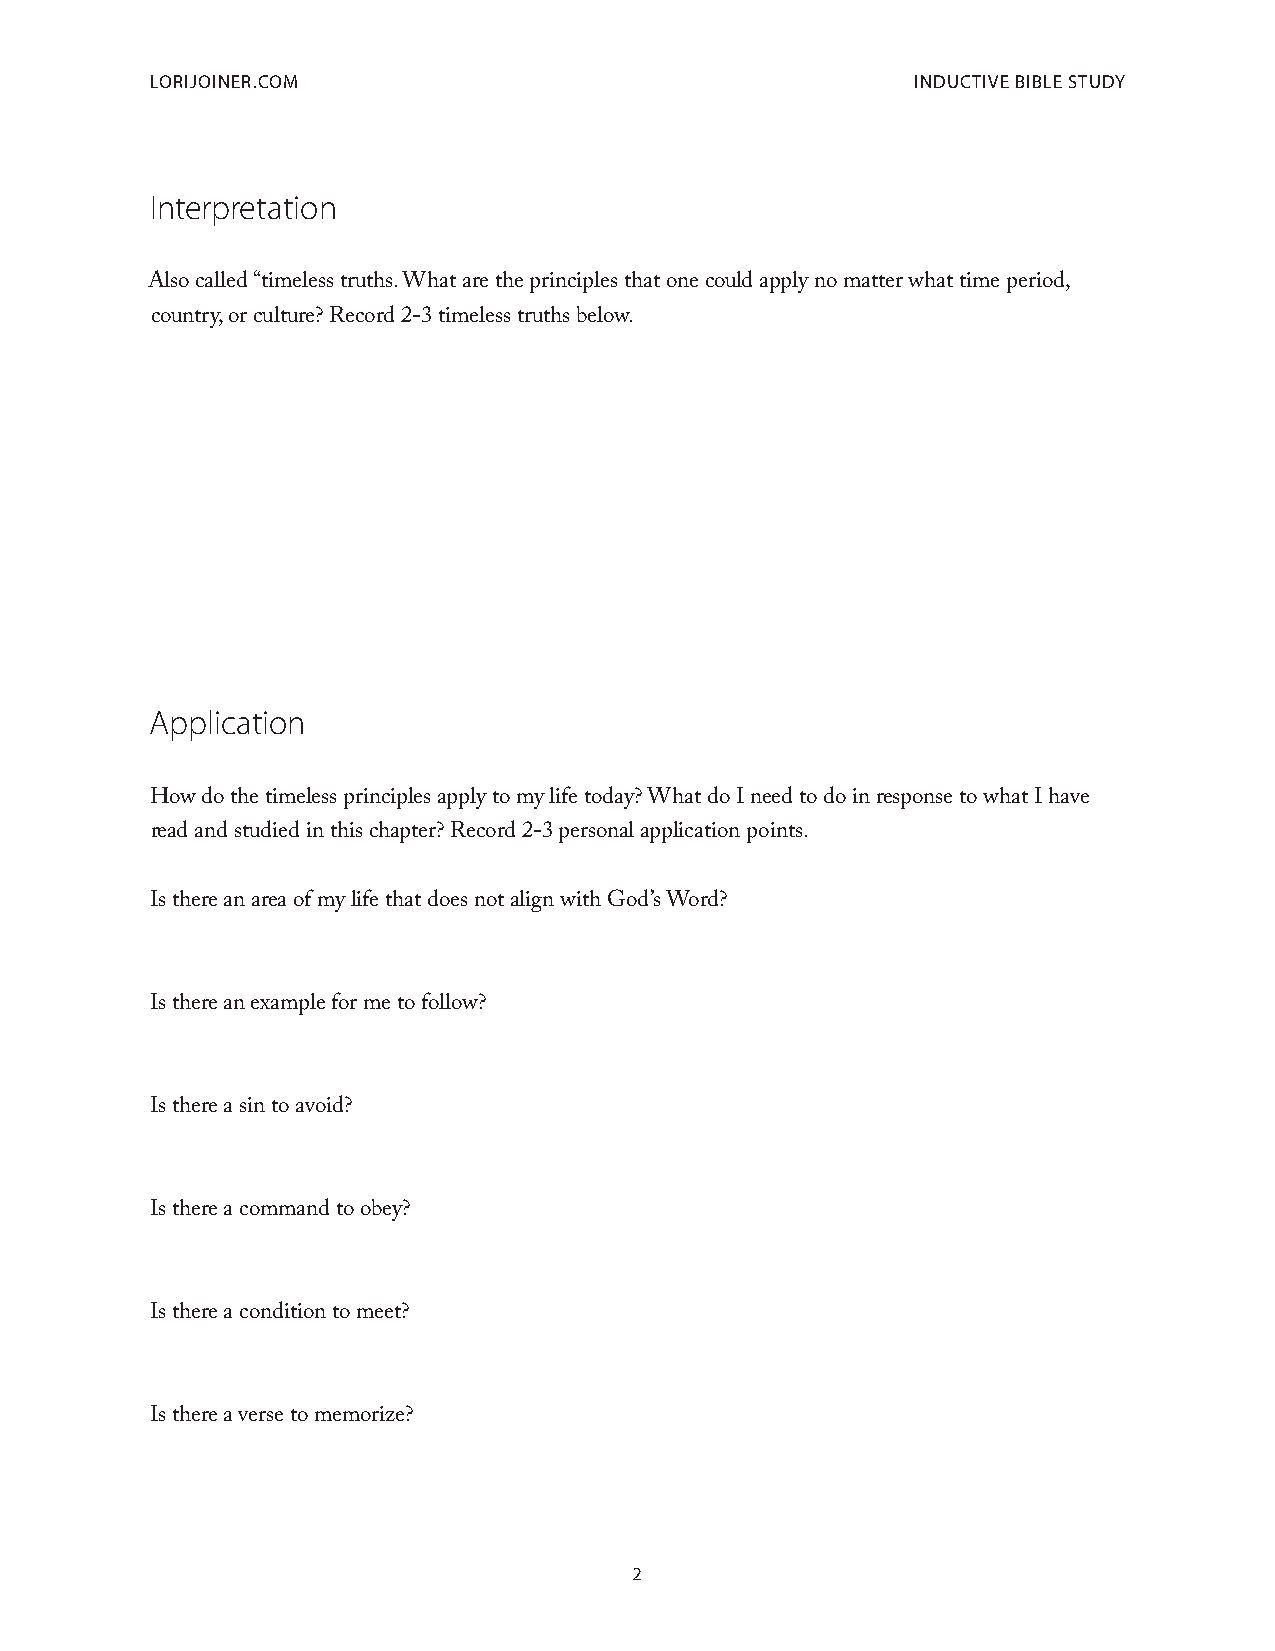
LoriJoiner.com                                     inductive bibLe study
 Interpretation
 Also called “timeless truths. What are the principles that one could apply no matter what time period,
 country, or culture? Record 2-3 timeless truths below.
 Application
 How do the timeless principles apply to my life today? What do I need to do in response to what I have
 read and studied in this chapter? Record 2-3 personal application points.
 Is there an area of my life that does not align with God’s Word?
 Is there an example for me to follow?
 Is there a sin to avoid?
 Is there a command to obey?
 Is there a condition to meet?
 Is there a verse to memorize?
 2